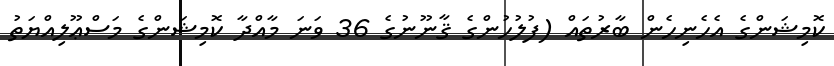
ކޮމިޝަންގެ އެހެނިހެން ބާރުތައް (ފުލުހުންގެ ޤާނޫނުގެ 36 ވަނަ މާއްދާ ކޮމިޝަންގެ މަސްޢޫލިއްޔަތު